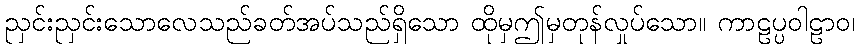
ညှင်းညှင်းသောလေသည်ခတ်အပ်သည်ရှိသော ထိုမှဤမှတုန်လှုပ်သော။ ကာဠပ္ပဝါဠာဝ၊